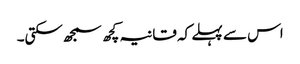
اس سے پہلے کہ قانیہ کچھ سمجھ سکتی۔